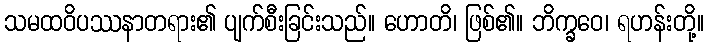
သမထဝိပဿနာတရား၏ ပျက်စီးခြင်းသည်။ ဟောတိ၊ ဖြစ်၏။ ဘိက္ခဝေ၊ ရဟန်းတို့။